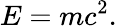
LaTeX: E=mc^{2}.